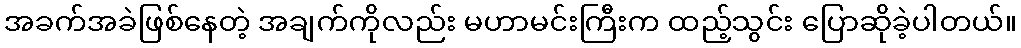
အခက်အခဲဖြစ်နေတဲ့ အချက်ကိုလည်း မဟာမင်းကြီးက ထည့်သွင်း ပြောဆိုခဲ့ပါတယ်။